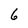
Character: 6